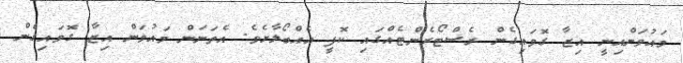
މައުވަންއިނީ އިޒާ ގޮވައިގެން ރެސްޓޯރެންޓެއްގައި ކޮފީ އެއްބޯލާށެވެ. އެތަނަން މައުވަން އިޒާ ގޮވައިގެން